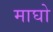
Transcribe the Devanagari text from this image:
माघो